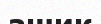
ашик